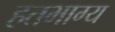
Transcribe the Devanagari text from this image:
हतभाग्य